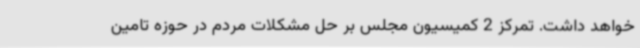
خواهد داشت. تمرکز 2 کمیسیون مجلس بر حل مشکلات مردم در حوزه تامین